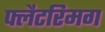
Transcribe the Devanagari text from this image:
फ्लैटरिमग